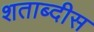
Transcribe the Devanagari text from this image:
शताब्दीस